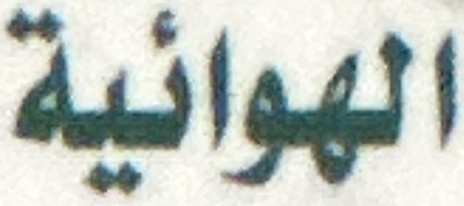
الهوائية